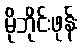
မိုဘိုင်းဖုန်း